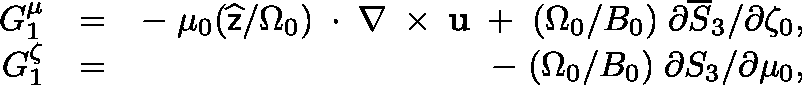
\begin{array} { r l r } { G _ { 1 } ^ { \mu } } & { = } & { - \; \mu _ { 0 } ( \widehat { \sf z } / \Omega _ { 0 } ) \, \mathrm { \boldmath ~ \cdot ~ } \, \nabla \, \mathrm { \boldmath ~ \times ~ } \, { \bf u } \; + \; ( \Omega _ { 0 } / B _ { 0 } ) \; \partial \overline { { S } } _ { 3 } / \partial \zeta _ { 0 } , } \\ { G _ { 1 } ^ { \zeta } } & { = } & { - \; ( \Omega _ { 0 } / B _ { 0 } ) \; \partial S _ { 3 } / \partial \mu _ { 0 } , } \end{array}